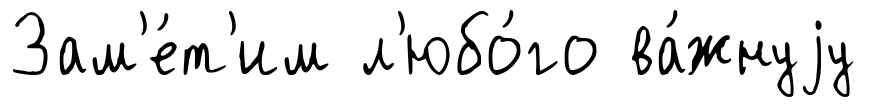
Зам'е́т'им л'юбо́го ва́жнуjу